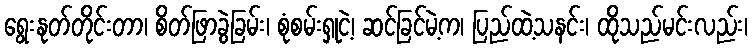
ရွေးနုတ်တိုင်းတာ၊ စိတ်ဖြာခွဲခြမ်း၊ စုံစမ်းရှုငဲ့၊ ဆင်ခြင်မဲ့က၊ ပြည်ထဲ့သနင်း၊ ထိုသည်မင်းလည်း၊